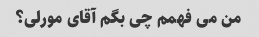
من می فهمم چی بگم آقای مورلی؟